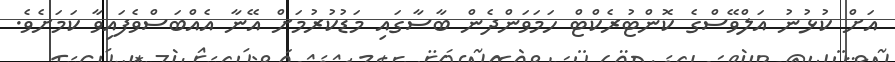
އަށް ކުޅުނު އަލްވޭސްގެ ކޮންޓުރެކްޓް ހަމަވަންދެން ބާސާގައި މަޑުކުރުމަށް އޭނާ އެއްބަސްވެފައިވާ ކަމަށެވެ.